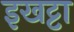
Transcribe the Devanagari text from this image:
इखट्टा